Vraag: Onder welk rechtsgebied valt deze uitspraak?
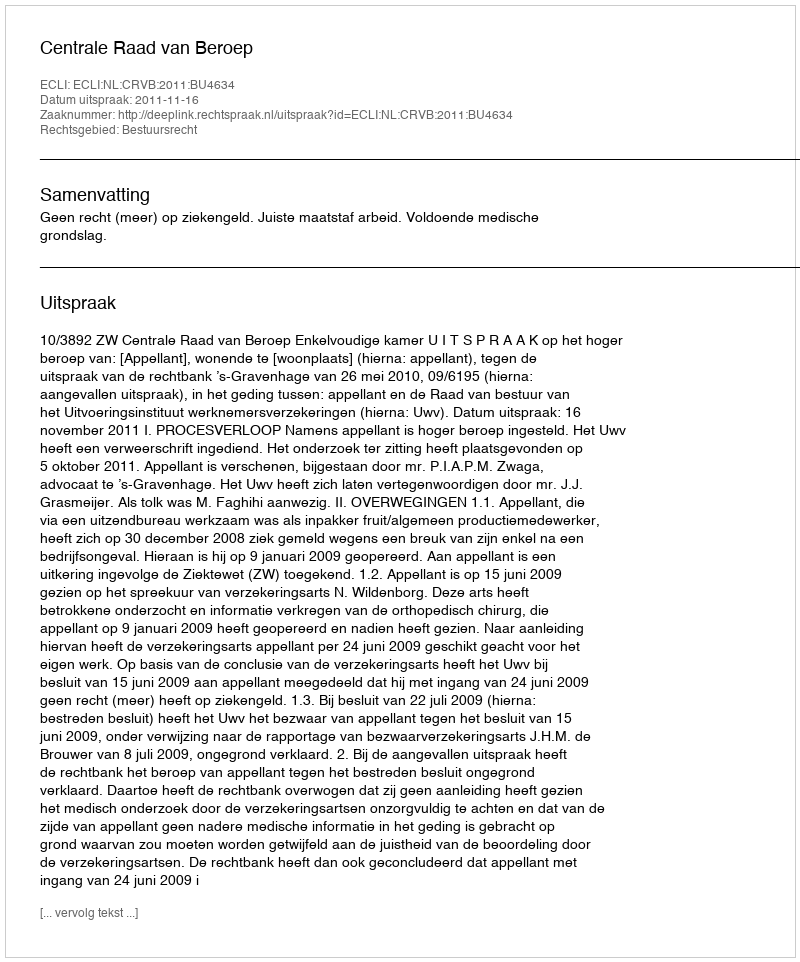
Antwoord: Bestuursrecht